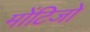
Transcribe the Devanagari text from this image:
मोंटिजो